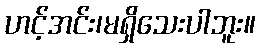
ဟင့်အင်း၊မရှိသေးပါဘူး။